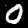
Digit: 0